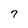
Character: 7